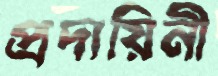
প্রদায়িনী